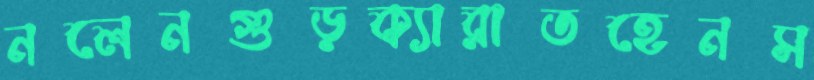
নলেনগুড়ক্যারাতহেনস